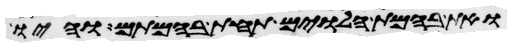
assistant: ואת בהמת הלוים תחת בהמתם והיו